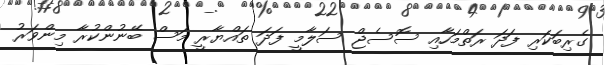
ގެރިބަކަރި ފަދަ ރަތްމަހާއި ސޮސެޖް ސަލާމީ ފަދަ ތައްޔާރީ މަސް ބޭނުންކުރާ މިންވަރު